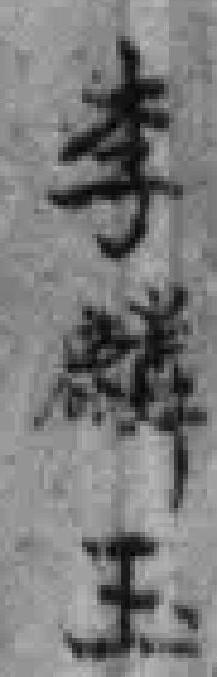
李麟玉